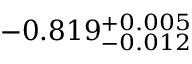
- 0 . 8 1 9 _ { - 0 . 0 1 2 } ^ { + 0 . 0 0 5 }